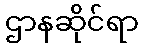
ဌာနဆိုင်ရာ